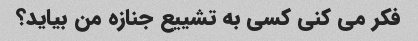
فکر می کنی کسی به تشییع جنازه من بیاید؟